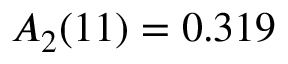
A _ { 2 } ( 1 1 ) = 0 . 3 1 9